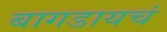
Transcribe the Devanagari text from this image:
बागडायचं